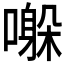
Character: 𫬀